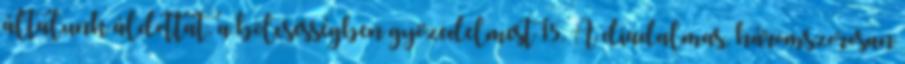
általunk áldottat, a bölcsességben győzedelmest 15. A diadalmas, háromszorosan